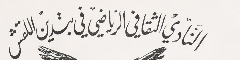
النَادي الثقافي الرياضي في بتدين اللقش